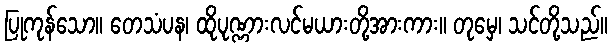
ပြုကုန်သော။ တေသံပန၊ ထိုပုဏ္ဏားလင်မယားတို့အားကား။ တုမှေ၊ သင်တို့သည်။